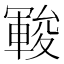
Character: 𲄺